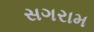
સગરામ